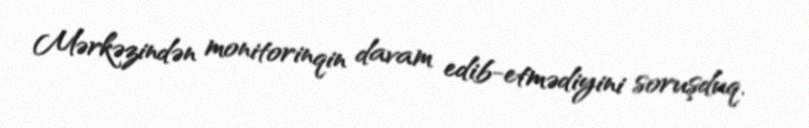
Mərkəzindən monitorinqin davam edib-etmədiyini soruşduq.